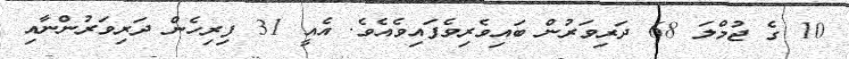
10 ގެ ޖުމްލަ 68 ދަރިވަރުން ބައިވެރިވެފައިވެއެވެ. އެއީ 31 ފިރިހެން ދަރިވަރުންނާއި